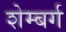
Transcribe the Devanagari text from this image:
शेम्बर्ग